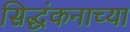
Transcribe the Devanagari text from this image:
सिद्धंकनाच्या